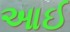
આઈ